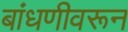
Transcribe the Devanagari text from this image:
बांधणीवरून